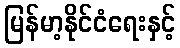
မြန်မာ့နိုင်ငံရေးနှင့်